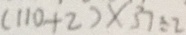
( 1 1 0 + 2 ) \times 3 7 \div 2